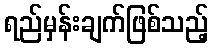
ရည်မှန်းချက်ဖြစ်သည့်